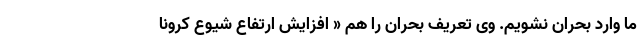
ما وارد بحران نشویم. وی تعریف بحران را هم « افزایش ارتفاع شیوع کرونا